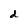
Character: d